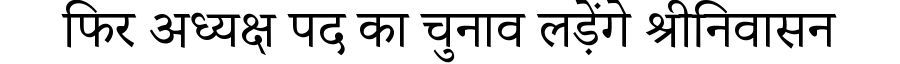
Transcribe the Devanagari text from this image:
फिर अध्यक्ष पद का चुनाव लड़ेंगे श्रीनिवासन